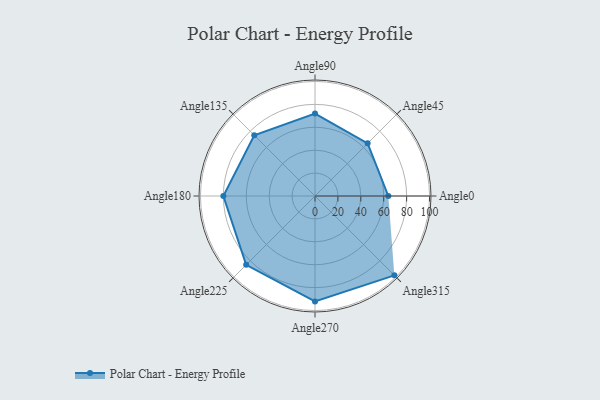
{"axis": {"x": "Angle", "y": "Radius"}, "legend": [""], "data": [{"x": "Angle0", "y": 64.0, "type": ""}, {"x": "Angle45", "y": 65.0, "type": ""}, {"x": "Angle90", "y": 72.0, "type": ""}, {"x": "Angle135", "y": 75.0, "type": ""}, {"x": "Angle180", "y": 80.0, "type": ""}, {"x": "Angle225", "y": 85.0, "type": ""}, {"x": "Angle270", "y": 92.0, "type": ""}, {"x": "Angle315", "y": 98.0, "type": ""}]}